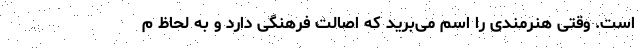
است. وقتی هنرمندی را اسم می‌برید که اصالت فرهنگی دارد و به لحاظ م